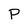
Character: P